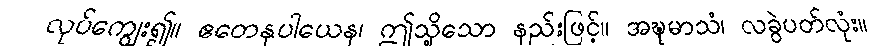
လုပ်ကျွေး၍။ ဧတေနုပါယေန၊ ဤသို့သော နည်းဖြင့်။ အဍ္ဎုမာသံ၊ လခွဲပတ်လုံး။